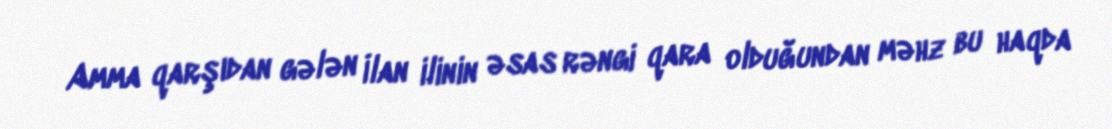
Amma qarşıdan gələn İlan ilinin əsas rəngi qara olduğundan məhz bu haqda